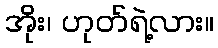
အိုး၊ ဟုတ်ရဲ့လား။